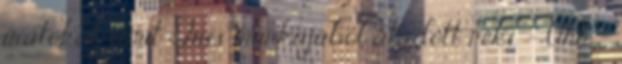
iratokat, amit Tris munkájából átadott neki. – Uhh –